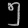
Digit: ၅